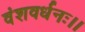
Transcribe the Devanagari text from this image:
वंशवर्धनः।।